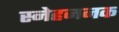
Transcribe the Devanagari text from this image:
स्नेहजनक